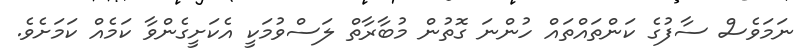
ނަމަވެސް ސާފުގެ ކަންތައްތައް ހުންނަ ގޮތުން މުބާރާތް ލަސްވުމަކީ އެކަށީގެންވާ ކަމެއް ކަމަށެވެ.